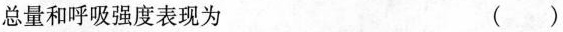
总量和呼吸强度表现为 ()